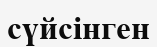
сүйсінген